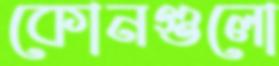
কোনগুলো